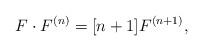
LaTeX: \begin{align*}F\cdot F^{(n)}=[n+1]F^{(n+1)},\end{align*}